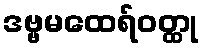
ဒဗ္ဗမထေရ်ဝတ္ထု